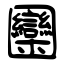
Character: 圞